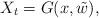
LaTeX: \begin{align*}X_t= G(x, \tilde w), \end{align*}